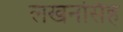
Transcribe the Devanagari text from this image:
लखनसिंह